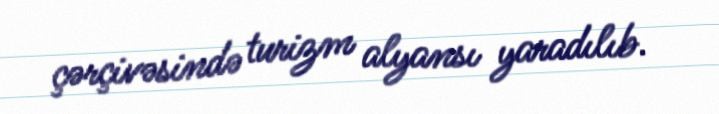
çərçivəsində turizm alyansı yaradılıb.